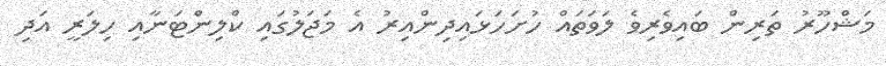
މަޝްހޫރު ތަރިން ބައިވެރިވެ ލަވަތައް ހުށަހަޅައިދިންއިރު އެ މަޖަލުގައި ކްލިންޓަނާއި ހިލަރީ އަދި